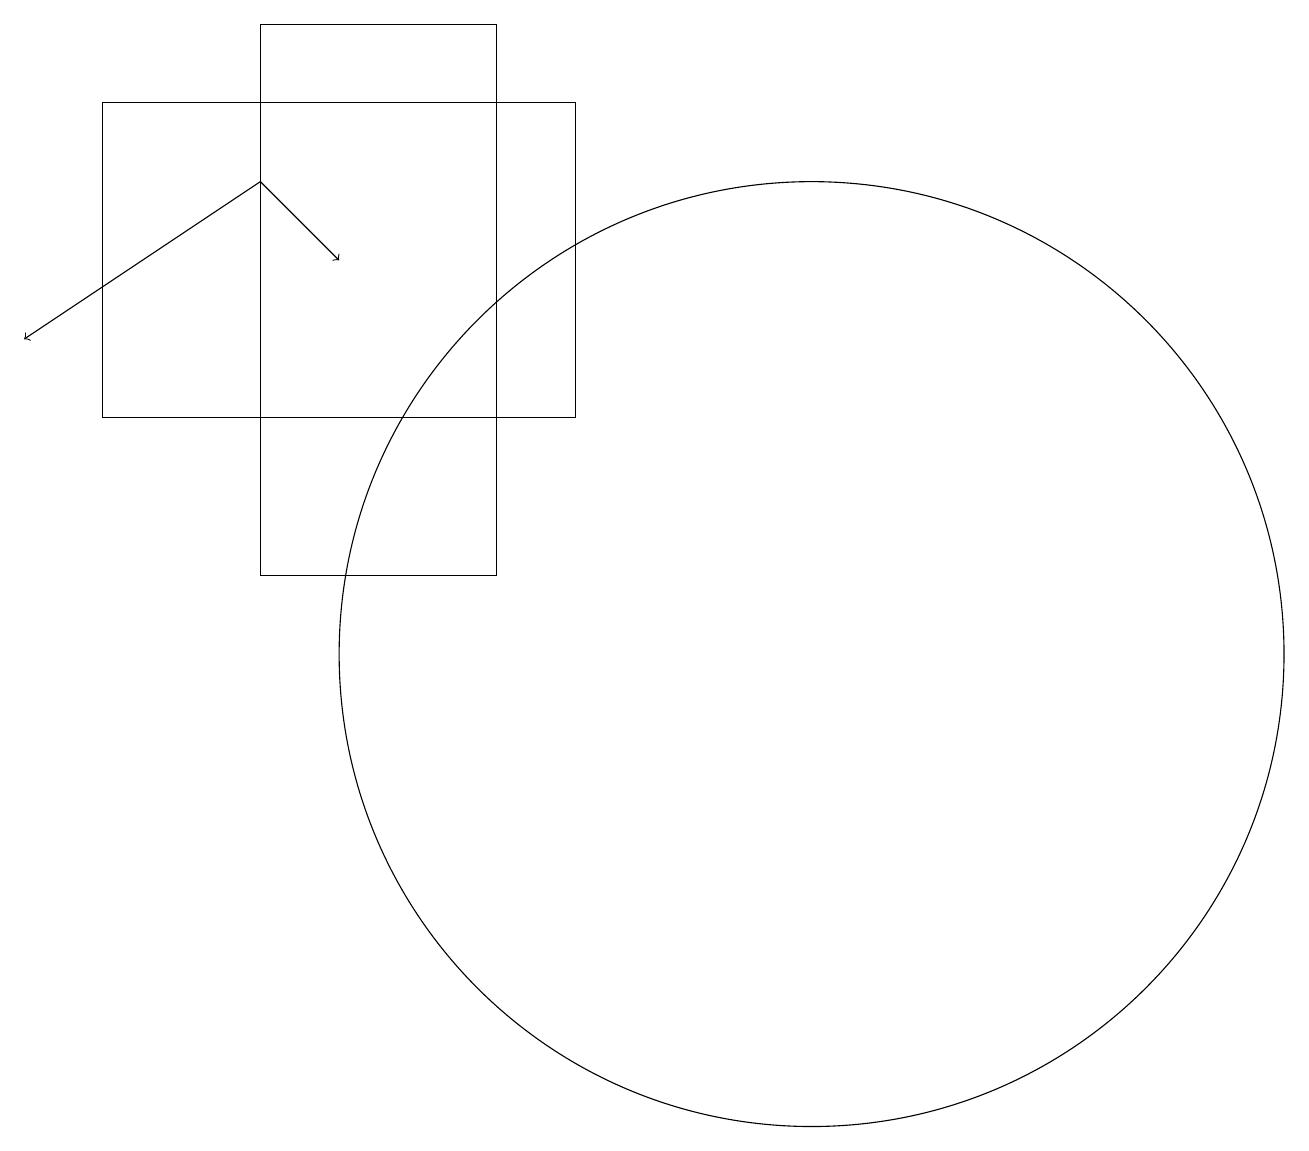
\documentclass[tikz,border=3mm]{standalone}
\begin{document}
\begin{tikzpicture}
\draw[->] (3,16) -- (4,15);
\draw (6,18) rectangle (3,11);
\draw (7,13) rectangle (1,17);
\draw[->] (3,16) -- (0,14);
\draw (10,10) circle (6);
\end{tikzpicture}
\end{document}